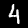
Digit: 4